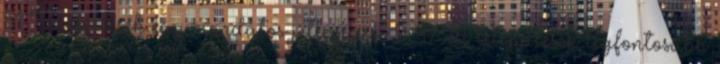
51 Települések egy mondatos jellemzése 9 17 A települések legfontosabb